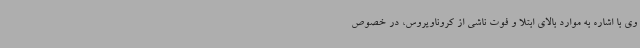
وی با اشاره به موارد بالای ابتلا و فوت ناشی از کروناویروس، در خصوص